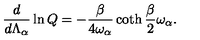
{ \frac { d } { d \Lambda _ { \alpha } } } \ln Q = - { \frac { \beta } { 4 \omega _ { \alpha } } } \coth { \frac { \beta } { 2 } } \omega _ { \alpha } .